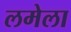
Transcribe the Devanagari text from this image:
लमेला